65_HS1-834228961_62-HQ-83894_Serial_438
Agency: FBI
Page 17
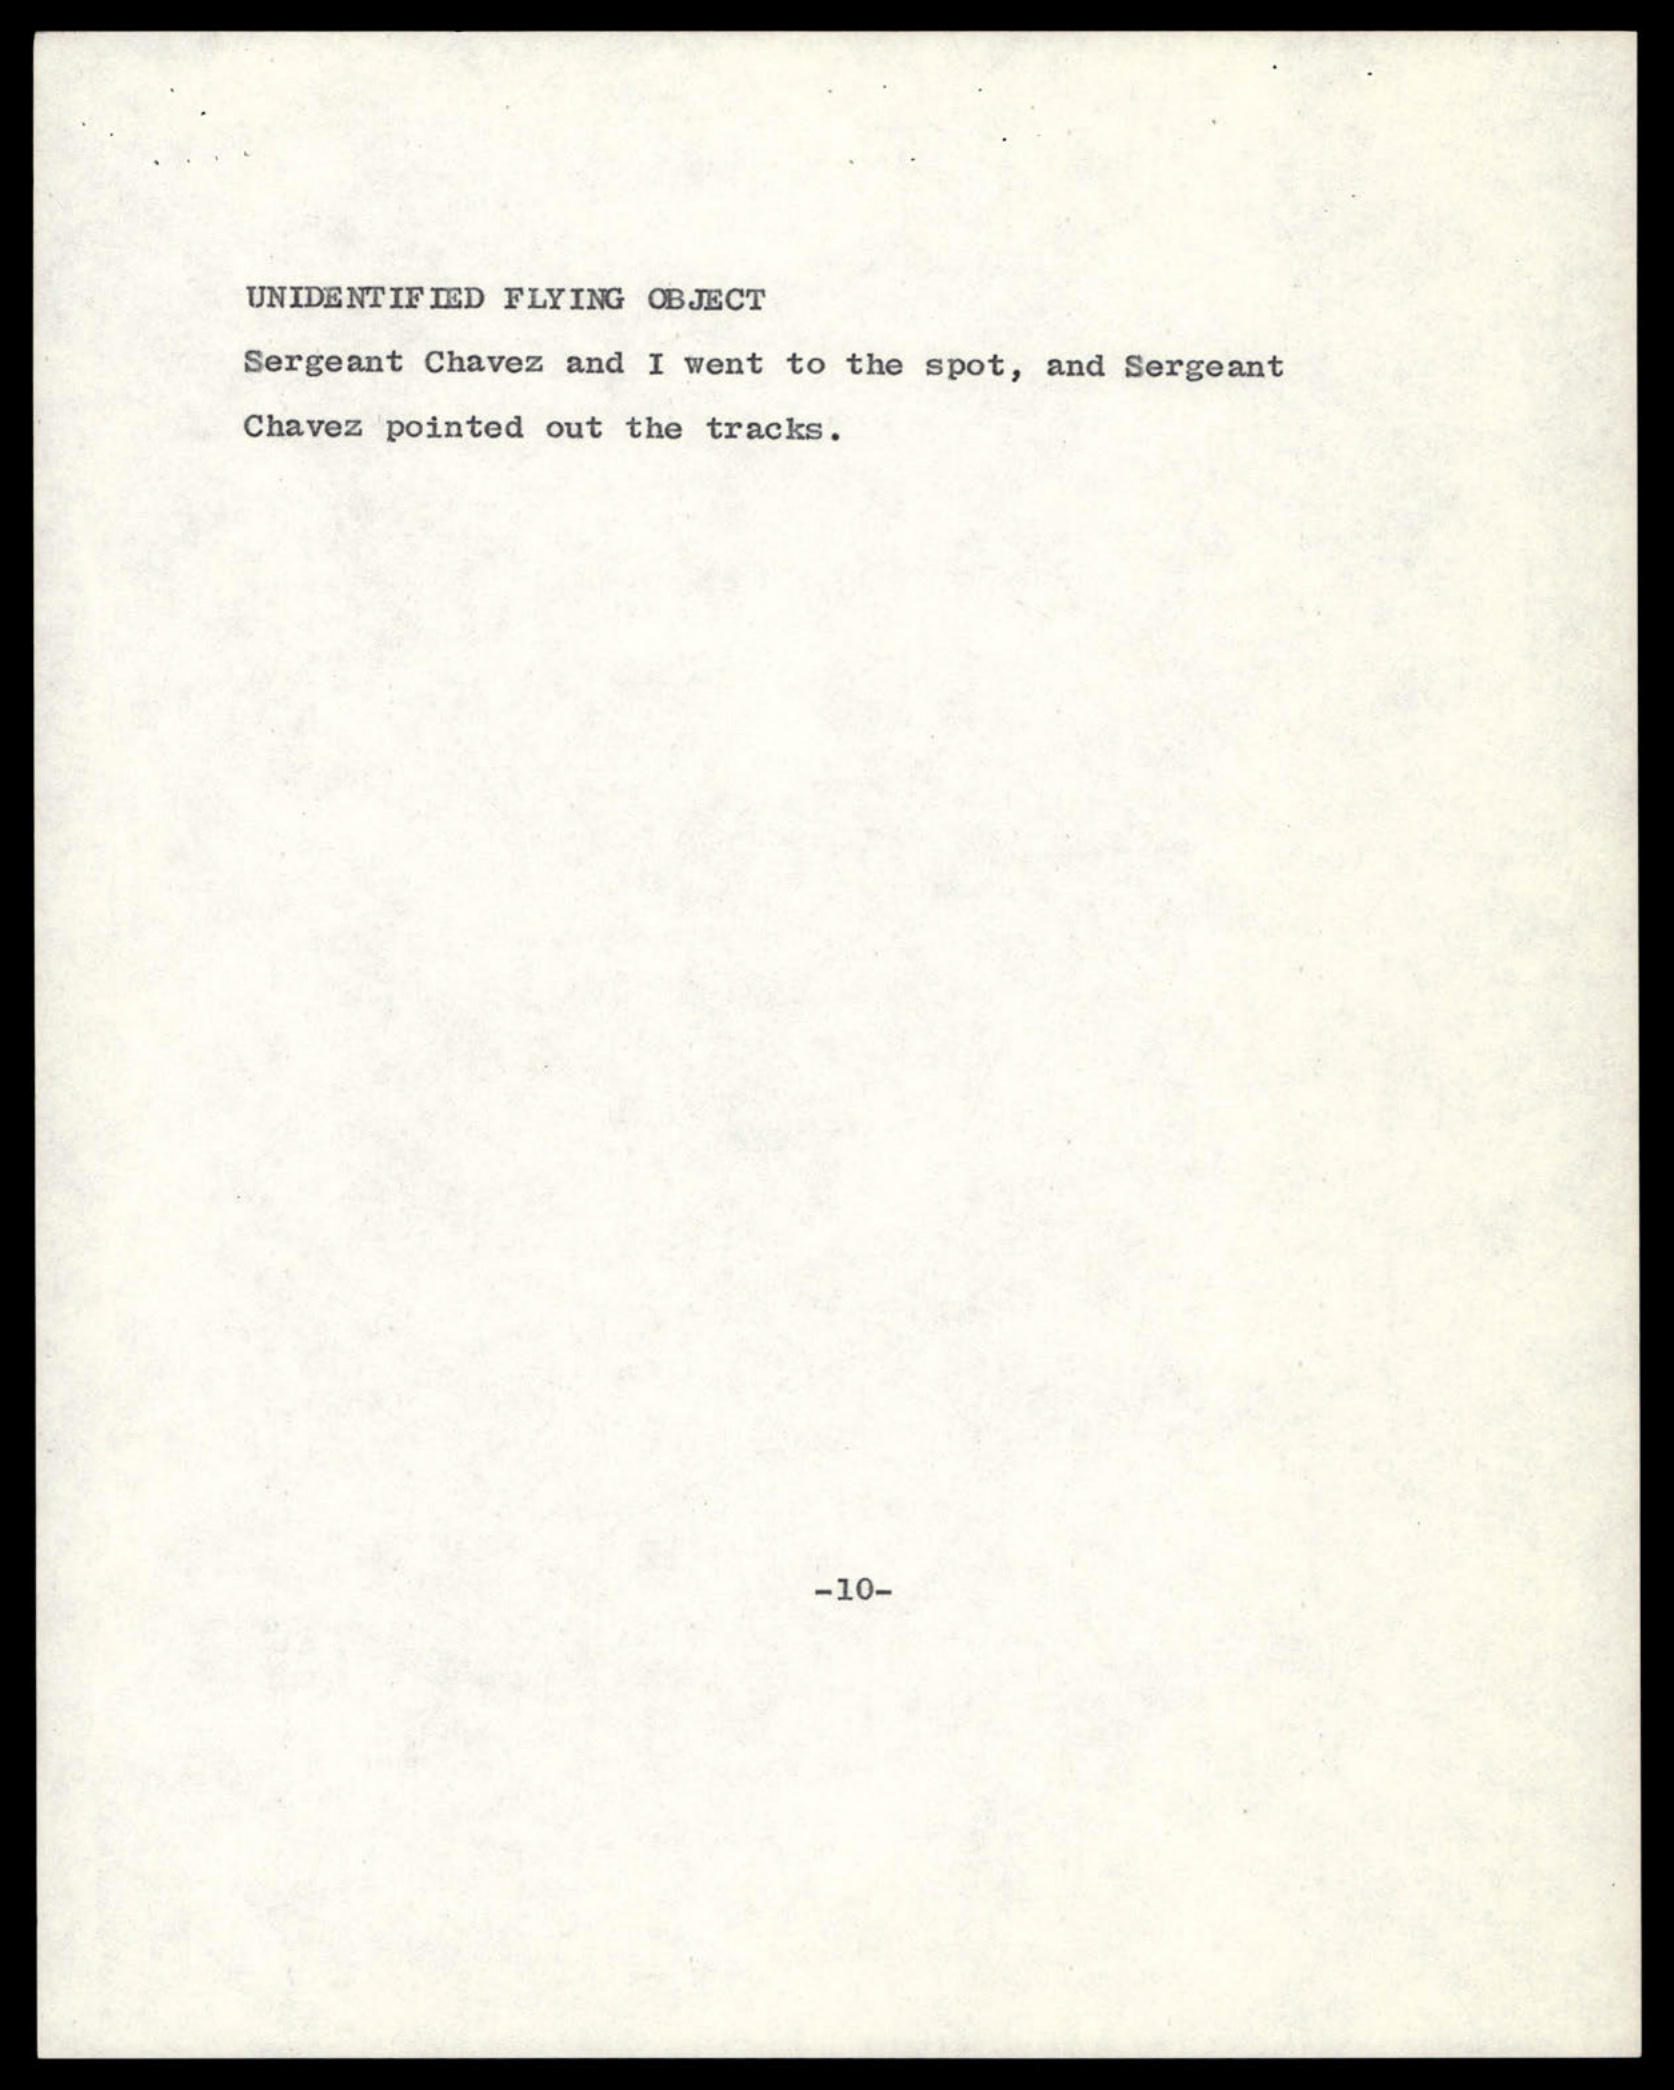